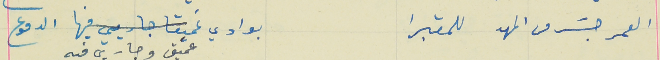
العمر جسَر من المهد للمقبرا                               بوادي عميق وجاريي فيه الدموع